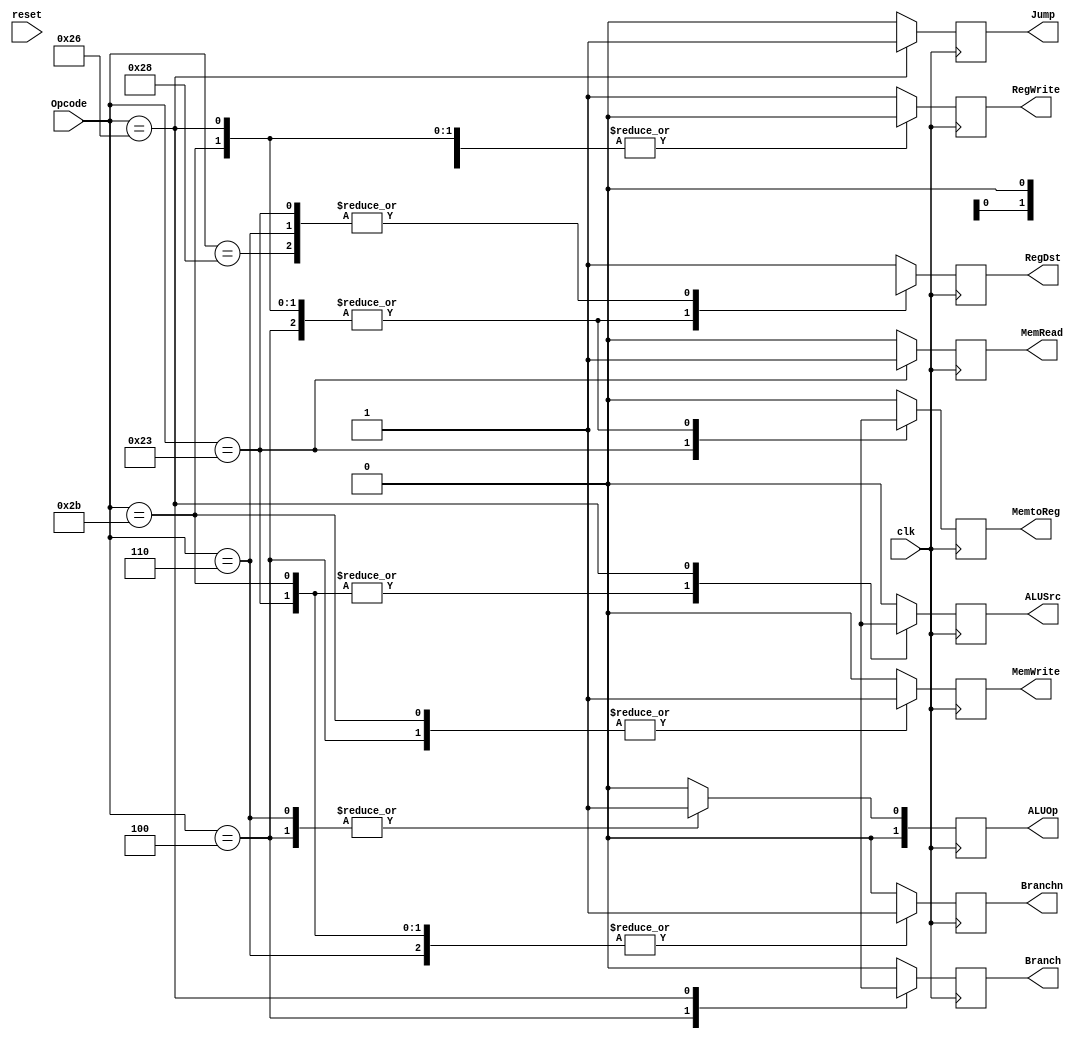
module ControlUnit (
    output reg [1:0] ALUOp,
    output reg RegDst, MemtoReg, Jump, Branch, MemRead, MemWrite, ALUSrc, RegWrite, Branchn,
    input [5:0] Opcode,
    input clk, reset
);

    always @(posedge clk)
    begin
        if (reset) begin
            RegDst = 0;
            ALUSrc = 0;
            MemtoReg = 0;
            RegWrite = 0;
            MemRead = 0;
            MemWrite = 0;
            Branch = 0;
            Branchn = 0;
            Jump = 0;
            ALUOp = 2'b00;
        end
        case (Opcode)
        6'b000000   : begin             //R-Type
            RegDst = 1;
            ALUSrc = 0;
            MemtoReg = 0;
            RegWrite = 1;
            MemRead = 0;
            MemWrite = 0;
            Branch = 0;
            Branchn = 0;
            Jump = 0;
            ALUOp = 2'b00;
        end
        6'b000100   : begin             // Branch Equal 
            RegDst = 1'bx;
            ALUSrc = 0;
            MemtoReg = 1'bx;
            RegWrite = 0;
            MemRead = 0;
            MemWrite = 1;
            Branch = 1;
            Branchn = 0;
            Jump = 0;
            ALUOp = 2'b01;
        end
        6'b000110   : begin             // Branch Not Equal
            RegDst = 0;
            ALUSrc = 0;
            MemtoReg = 0;
            RegWrite = 0;
            MemRead = 0;
            MemWrite = 0;
            Branch = 0;
            Branchn = 1;
            Jump = 0;
            ALUOp = 2'b01;
        end
        6'b100011   : begin             // Load Word
            RegDst = 0;
            ALUSrc = 1;
            MemtoReg = 1;
            RegWrite = 1;
            MemRead = 1;
            MemWrite = 0;
            Branch = 0;
            Branchn = 1;
            Jump = 0;

            ALUOp = 2'b00;
        end
        6'b101011   : begin             // Store Word
            RegDst = 1'bx;
            ALUSrc = 1;
            MemtoReg = 1'bx;
            RegWrite = 0;
            MemRead = 0;
            MemWrite = 1;
            Branch = 0;
            Branchn = 1;
            Jump = 0;
            ALUOp = 2'b00;
        end
        6'b100110   : begin             // Jump
            RegDst = 1'bx;
            ALUSrc = 1'bx;
            MemtoReg = 1'bx;
            RegWrite = 0;
            MemRead = 0;
            MemWrite = 0;
            Branch = 1'bx;
            Branchn = 0;
            Jump = 1;
            ALUOp = 2'b00;
        end
        6'b101000   : begin             // Add Immediate
            RegDst = 0;
            ALUSrc = 0;
            MemtoReg = 0;
            RegWrite = 1;
            MemRead = 0;
            MemWrite = 0;
            Branch = 0;
            Branchn = 0;
            Jump = 0;
            ALUOp = 2'b00;
        end
        default: begin
            RegDst = 1;
            ALUSrc = 0;
            MemtoReg = 0;
            RegWrite = 1;
            MemRead = 0;
            MemWrite = 0;
            Branch = 0;
            Branchn = 0;
            Jump = 0;
            ALUOp = 2'b00;
        end 
        endcase
    end
    
    
endmodule